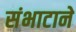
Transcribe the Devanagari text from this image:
संभाटाने